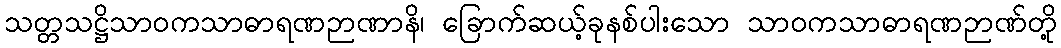
သတ္တသဋ္ဌိသာဝကသာဓာရဏဉာဏာနိ၊ ခြောက်ဆယ့်ခုနစ်ပါးသော သာဝကသာဓာရဏဉာဏ်တို့